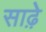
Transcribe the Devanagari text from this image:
साढ़़ेे